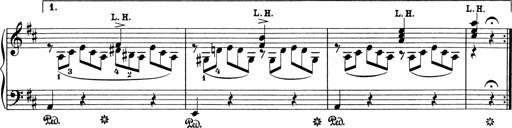
Title: 5 Sonatinen fÃ¼r die Jugend
Composer: Carl Reinecke